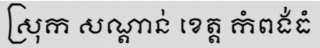
ស្រុក សណ្តាន់ ខេត្ត កំពង់ធំ